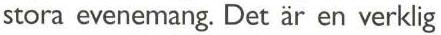
stora evenemang. Det är en verklig